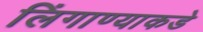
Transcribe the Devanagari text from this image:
लिंगाण्याकडे